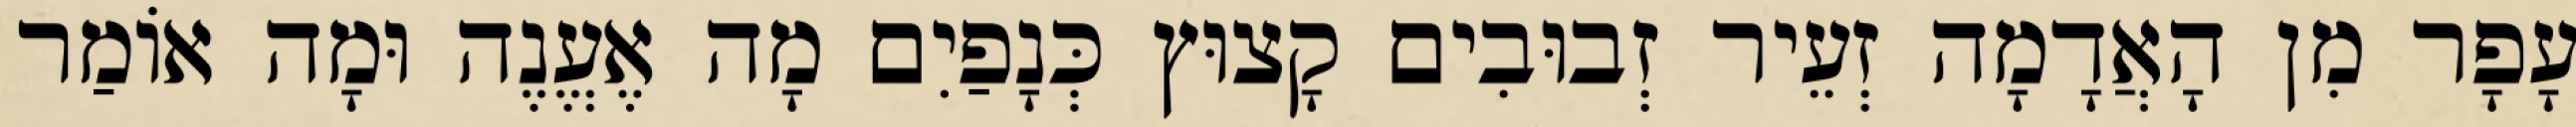
עָפָר מִן הָאֲדָמָה זְעֵיר זְבוּבִים קָצוּץ כְּנָפַיִם מָה אֶעֱנֶה וּמָה אוֹמַר